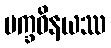
မက္ခဝိနယဿ